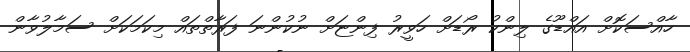
ހާއްސަކޮށް އައްޑޫގެ ލިންކު ރޯޑަށް ހަވީރު ފިންޏަށް ނުކުންނަ ފަރާތްތައް މިކަމަކަށް ސަމާލުވާން